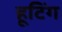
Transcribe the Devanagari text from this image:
हूटिंग